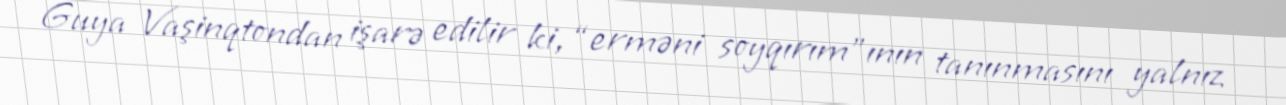
Guya Vaşinqtondan işarə edilir ki, “erməni soyqırım”ının tanınmasını yalnız